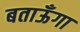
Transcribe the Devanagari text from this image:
बताऊँगा